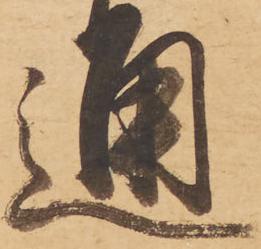
通